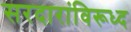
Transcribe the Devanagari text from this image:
सरदारांविरूध्द